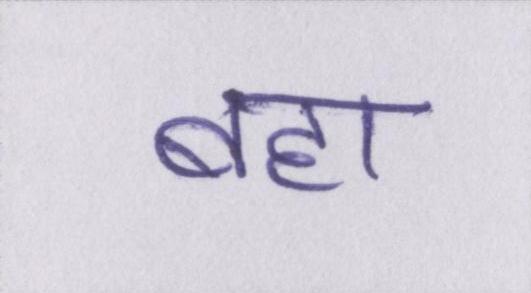
बहा